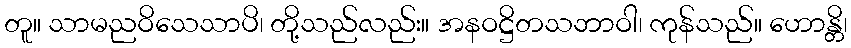
တူ။ သာမညဝိသေသာပိ၊ တို့သည်လည်း။ အနဝဋ္ဌိတသဘာဝါ၊ ကုန်သည်။ ဟောန္တိ၊